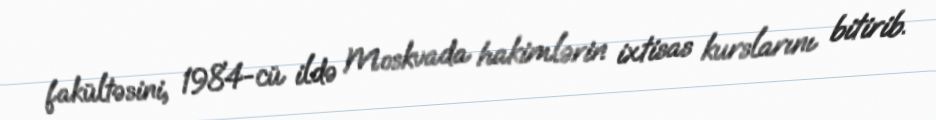
fakültəsini, 1984-cü ildə Moskvada hakimlərin ixtisas kurslarını bitirib.